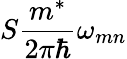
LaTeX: S\frac{m^{*}}{2\pi\hbar}{\omega}_{mn}